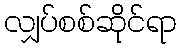
လျှပ်စစ်ဆိုင်ရာ